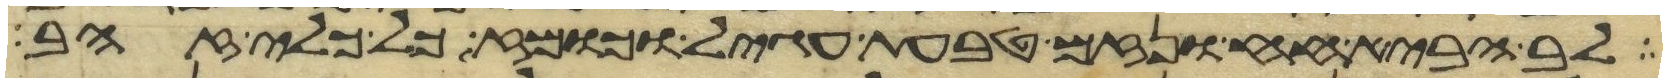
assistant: לב הביא חח ונזם טבעת עגיל וכומז כל כלי זהב